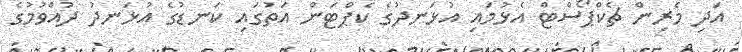
އަދި މެރިން ޗެކްޕޯސްޓް އެޅުމައި އުޅަނދުގެ ކެޕްޓަން އަތުގައި ކަނޑުގެ އުޅަނދު ދުއްވުމުގެ